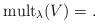
LaTeX: \begin{align*} {\rm mult}_\lambda(V)=.\end{align*}